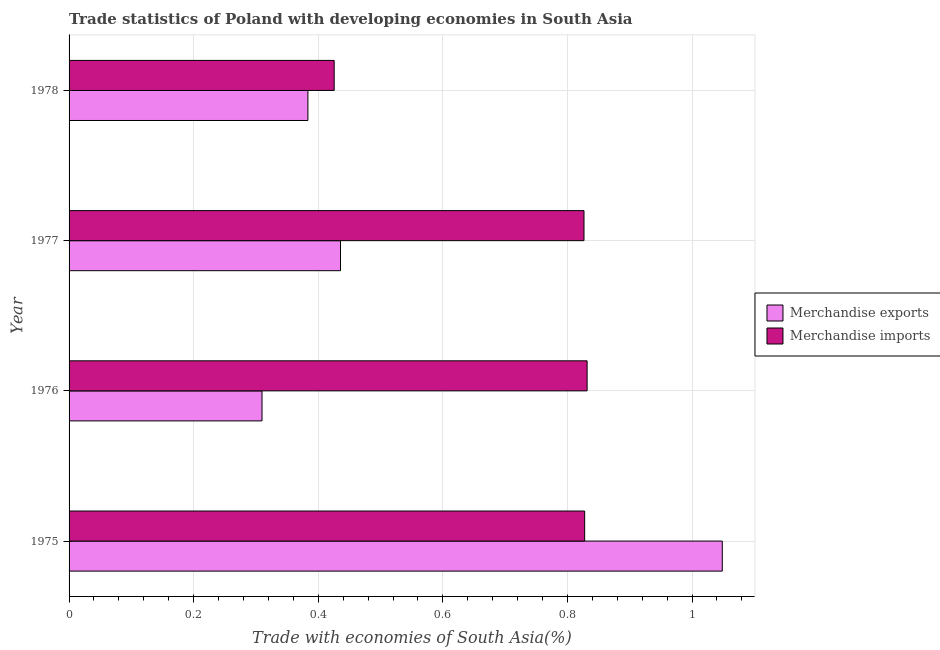
| Year | Merchandise exports | Merchandise imports |
 | --- | --- | --- |
 | 1975 | 1.05 | 0.828 |
 | 1976 | 0.31 | 0.832 |
 | 1977 | 0.436 | 0.827 |
 | 1978 | 0.383 | 0.426 |